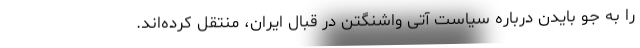
را به جو بایدن درباره سیاست آتی واشنگتن در قبال ایران، منتقل کرده‌اند.